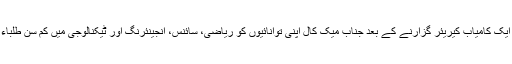
انتہائی مسابقت رکھنے والوی آرائش حسن کی صنعت میں ایک کامیاب کیریئر گزارنے کے بعد جناب میک کال اپنی توانائیوں کو ریاضی، سائنس، انجینئرنگ اور ٹیکنالوجی میں کم سن طلباء کی کامیابی کو بڑھانے کی جانب صرف کرنا چاہتے ہیں۔